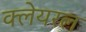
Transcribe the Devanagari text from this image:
क्लेयरल